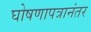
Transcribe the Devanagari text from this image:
घोषणापत्रानंतर